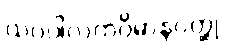
ယဝပါလကဝိမာနဝတ္ထု